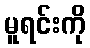
မူရင်းကို